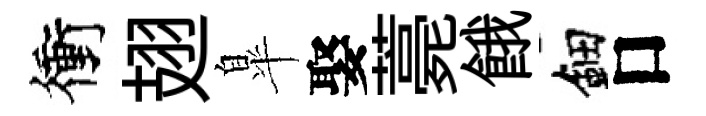
衝翅臯娶薧餓鈿口